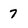
Character: 7